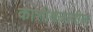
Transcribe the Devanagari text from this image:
काशीक्षेत्रातील